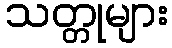
သတ္တုများ